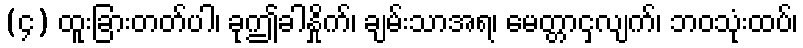
(၄) ထူးခြားတတ်ပါ၊ ခုဤခါနှိုက်၊ ချမ်းသာအရ၊ မေတ္တာငှလျက်၊ ဘဝသုံးထပ်၊